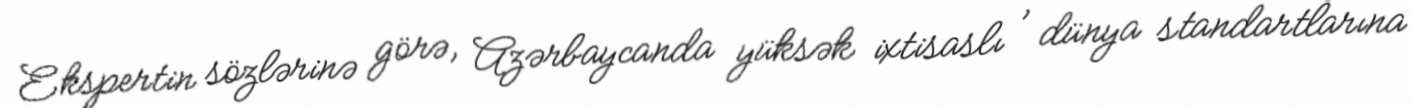
Ekspertin sözlərinə görə, Azərbaycanda yüksək ixtisaslı , dünya standartlarına